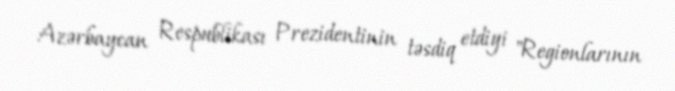
Azərbaycan Respublikası Prezidentinin təsdiq etdiyi "Regionlarının